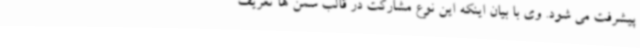
پیشرفت می شود. وی با بیان اینکه این نوع مشارکت در قالب سمن ها تعریف